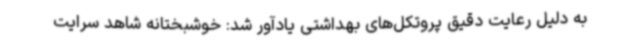
به دلیل رعایت دقیق پروتکل‌های بهداشتی یادآور شد: خوشبختانه شاهد سرایت